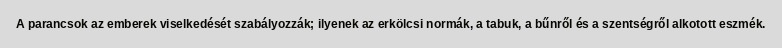
A parancsok az emberek viselkedését szabályozzák; ilyenek az erkölcsi normák, a tabuk, a bűnről és a szentségről alkotott eszmék.